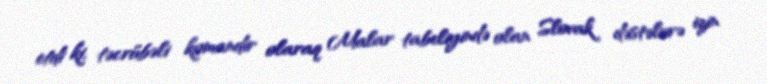
etdi ki, təcrübəli komandir olaraq Malar tabeliyində olan Slovak dəstələrə izin